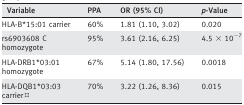
<table><thead><tr><td><b>Variable</b></td><td><b>PPA</b></td><td><b>OR (95% CI)</b></td><td><b><i>p</i>‐Value</b></td></tr></thead><tbody><tr><td>HLA‐B*15:01 carrier</td><td>60%</td><td>1.81 (1.10, 3.02)</td><td>0.020</td></tr><tr><td>rs6903608 C homozygote</td><td>95%</td><td>3.61 (2.16, 6.25)</td><td>4.5 × 10<sup>−7</sup></td></tr><tr><td>HLA‐DRB1*03:01 homozygote</td><td>67%</td><td>5.14 (1.80, 17.56)</td><td>0.0018</td></tr><tr><td>HLA‐DQB1*03:03 carrier◊</td><td>70%</td><td>3.22 (1.26, 8.36)</td><td>0.015</td></tr></tbody></table>